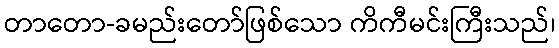
တာတော-ခမည်းတော်ဖြစ်သော ကိကီမင်းကြီးသည်၊